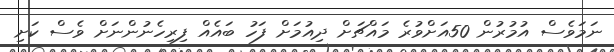
ނަމަވެސް އުމުރުން 50އަށްވުރެ މައްޗަށް ދިއުމަށް ފަހު ބައެއް ފިރިހެނުންނަށް ވެސް ކަށި